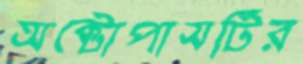
অক্টোপাসটির